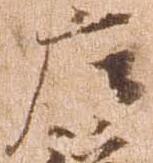
庄